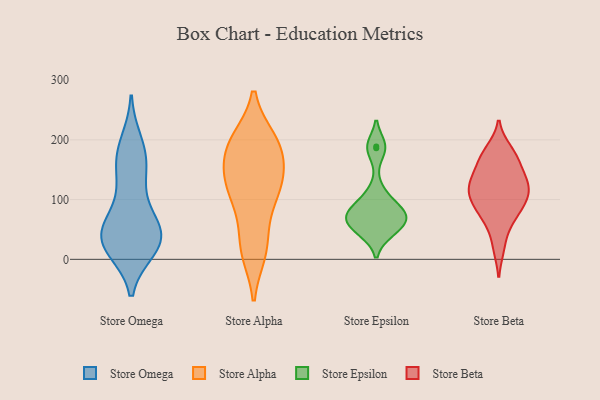
{"axis": {"x": "Backlog", "y": "Value"}, "legend": ["Store Alpha", "Store Beta", "Store Epsilon", "Store Omega"], "data": [{"x": "", "y": 88, "type": "Store Omega"}, {"x": "", "y": 45, "type": "Store Omega"}, {"x": "", "y": 29, "type": "Store Omega"}, {"x": "", "y": 22, "type": "Store Omega"}, {"x": "", "y": 133, "type": "Store Omega"}, {"x": "", "y": 25, "type": "Store Omega"}, {"x": "", "y": 195, "type": "Store Omega"}, {"x": "", "y": 33, "type": "Store Omega"}, {"x": "", "y": 54, "type": "Store Omega"}, {"x": "", "y": 176, "type": "Store Omega"}, {"x": "", "y": 18, "type": "Store Omega"}, {"x": "", "y": 40, "type": "Store Omega"}, {"x": "", "y": 174, "type": "Store Omega"}, {"x": "", "y": 147, "type": "Store Omega"}, {"x": "", "y": 56, "type": "Store Omega"}, {"x": "", "y": 132, "type": "Store Alpha"}, {"x": "", "y": 66, "type": "Store Alpha"}, {"x": "", "y": 12, "type": "Store Alpha"}, {"x": "", "y": 195, "type": "Store Alpha"}, {"x": "", "y": 179, "type": "Store Alpha"}, {"x": "", "y": 200, "type": "Store Alpha"}, {"x": "", "y": 13, "type": "Store Alpha"}, {"x": "", "y": 23, "type": "Store Alpha"}, {"x": "", "y": 106, "type": "Store Alpha"}, {"x": "", "y": 196, "type": "Store Alpha"}, {"x": "", "y": 152, "type": "Store Alpha"}, {"x": "", "y": 161, "type": "Store Alpha"}, {"x": "", "y": 120, "type": "Store Alpha"}, {"x": "", "y": 200, "type": "Store Alpha"}, {"x": "", "y": 129, "type": "Store Alpha"}, {"x": "", "y": 108, "type": "Store Alpha"}, {"x": "", "y": 81, "type": "Store Epsilon"}, {"x": "", "y": 189, "type": "Store Epsilon"}, {"x": "", "y": 186, "type": "Store Epsilon"}, {"x": "", "y": 47, "type": "Store Epsilon"}, {"x": "", "y": 76, "type": "Store Epsilon"}, {"x": "", "y": 69, "type": "Store Epsilon"}, {"x": "", "y": 69, "type": "Store Epsilon"}, {"x": "", "y": 89, "type": "Store Epsilon"}, {"x": "", "y": 46, "type": "Store Epsilon"}, {"x": "", "y": 112, "type": "Store Epsilon"}, {"x": "", "y": 60, "type": "Store Epsilon"}, {"x": "", "y": 143, "type": "Store Beta"}, {"x": "", "y": 64, "type": "Store Beta"}, {"x": "", "y": 20, "type": "Store Beta"}, {"x": "", "y": 183, "type": "Store Beta"}, {"x": "", "y": 169, "type": "Store Beta"}, {"x": "", "y": 98, "type": "Store Beta"}, {"x": "", "y": 71, "type": "Store Beta"}, {"x": "", "y": 108, "type": "Store Beta"}, {"x": "", "y": 117, "type": "Store Beta"}, {"x": "", "y": 137, "type": "Store Beta"}, {"x": "", "y": 131, "type": "Store Beta"}, {"x": "", "y": 90, "type": "Store Beta"}, {"x": "", "y": 172, "type": "Store Beta"}, {"x": "", "y": 113, "type": "Store Beta"}]}